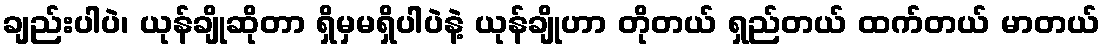
ချည်းပါပဲ၊ ယုန်ချိုဆိုတာ ရှိမှမရှိပါပဲနဲ့ ယုန်ချိုဟာ တိုတယ် ရှည်တယ် ထက်တယ် မာတယ်